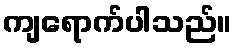
ကျရောက်ပါသည်။